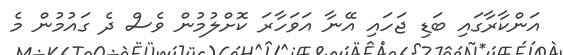
އަންކާރާގައި ބަޑި ޖަހައި އޭނާ އަވަހާރަ ކޮށްލުމުން ވެސް ދެ ގައުމުން މެ